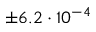
\pm 6 . 2 \cdot 1 0 ^ { - 4 }